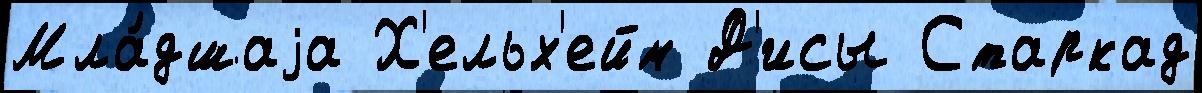
Мла́дшаjа Х'ельх'ейм Д'исы Старкад